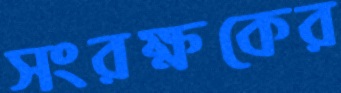
সংরক্ষকের